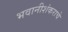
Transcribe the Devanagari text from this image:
भवानीशंकराचे